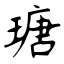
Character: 瑭